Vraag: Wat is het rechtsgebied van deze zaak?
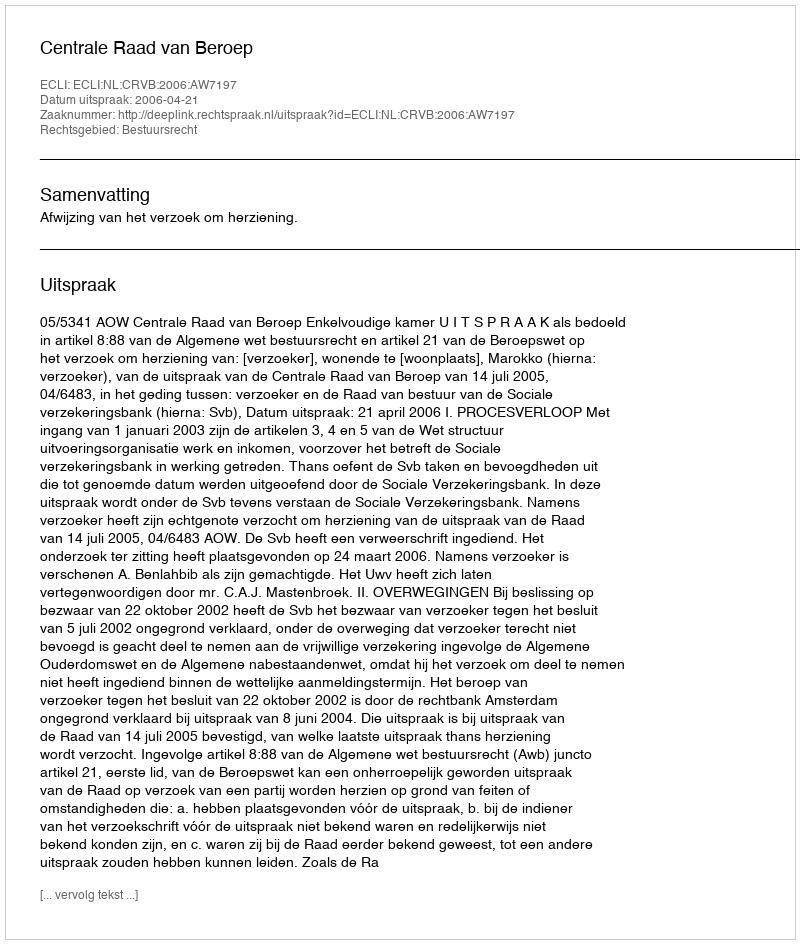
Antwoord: Bestuursrecht